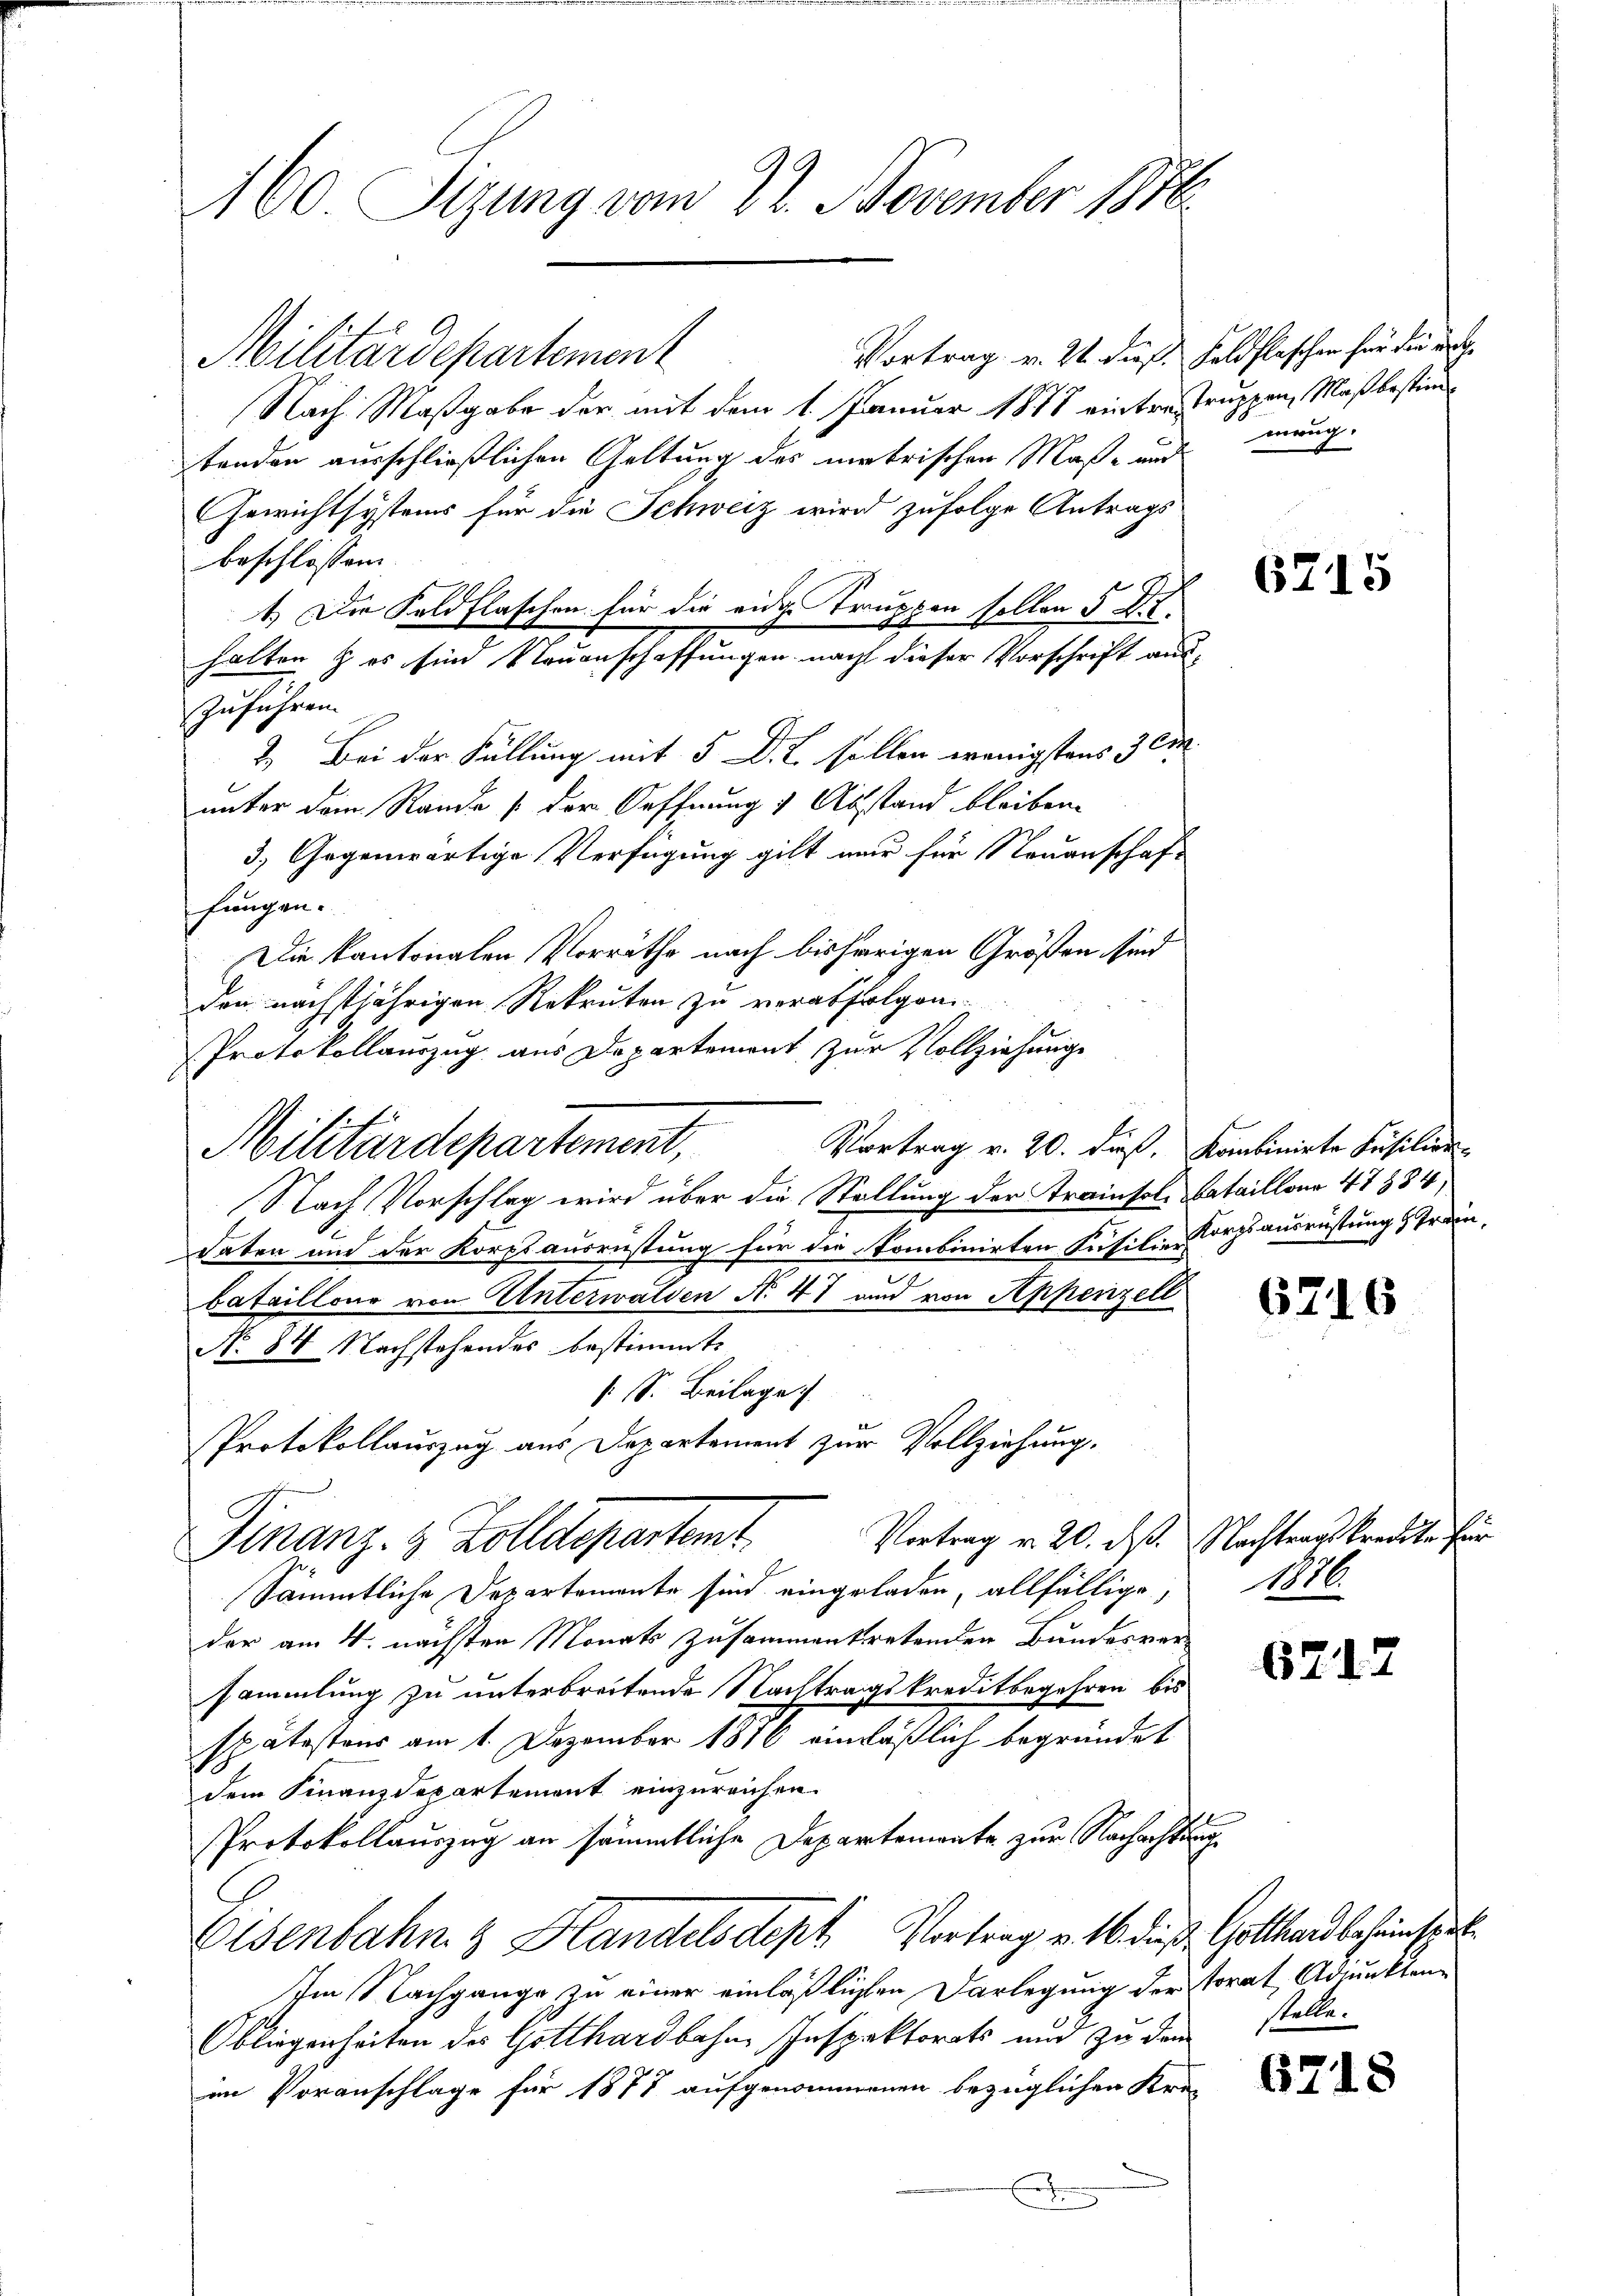
160 Sizung vom 22. November 1846

Vortrag v. 21. dieß Feldflaschen für die au
Militärdepartement
Nach Maßgabe der mit dem 1. Januar 1878 eintre truppen, Maß bestimmtenden ausschließlichen Geltung des metrischen Maß- und
Gewichtsystems für die Schweiz wird zufolge Antrags
beschlossen
zuführen.
2. Bei der Füllung mit 5 D. 2. sollen wenigstens 3 Ei
unter dem Rande (der Oeffnung & Abstand bleiben.
3.) Gegenwärtige Verfügung gilt war für Neuanschaft
fungen.
Die Kantonalen Vorräthe nach bisherigen Größen sind
den nächstjährigen Rekruten zu verabfolgen
Protokollauszug aus Departement zur Vollziehunge
Vortrag v. 20. dieß. Kombinirte Füsilion-
Militärdepartement,
Nach Vorschlag wird über die Stellung der Trainsol. Bataillone 47884,
daten und der Korps ausrüstung für die Kombinirten Füsilie Korps ausrüstung frei,
bataillone von Unterwalden N. 47 und von Appenzell
No 84 Nachstehendes bestimmt.
[S. Beilage
Protokollauszug aus Departement zur Vollziehung.
Vortrag v. 20. ds. Nachtragskredite für
Finanz- & Zolldepartemt
Sämmtliche Departemente sind eingeladen, allfällige,
der am 4. nächsten Monats zusammentretenden Bundesver-
sammlung zu unterbreitende Nachtragskreditbegehren bis
spätestens am 1. Dezember 1886 einläßlich begründet
dem Finanzdepartement einzureichen.
Protokollauszug an sämmtliche Departemente zur Nachachtung
Eisenbahn & Handelsdept Vortrag v. M. dieß Gotthard behauspiel¬
Im Nachgange zu einer einläßlichen Darlegung der Torat Adjunkten¬
Obliegenheiten des Gotthardbahne Inspektorats und zu dem
im Voranschlage für 1878 aufgenommenen bezüglichen Krei
g

1.) Die Feldflaschen für die eidge Truppen sollen § XI.
halten & es sind Neuenschaffungen nach dieser Vorschrift aus¬

meug.

6715

6716

1876.

6217

stelle.

6718